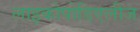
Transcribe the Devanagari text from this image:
लाइकोपोडिएलीज